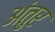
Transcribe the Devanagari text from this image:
अंतुर